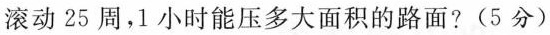
滚动25周，1小时能压多大面积的路面?(5分)